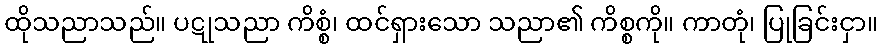
ထိုသညာသည်။ ပဋုသညာ ကိစ္စံ၊ ထင်ရှားသော သညာ၏ ကိစ္စကို။ ကာတုံ၊ ပြုခြင်းငှာ။